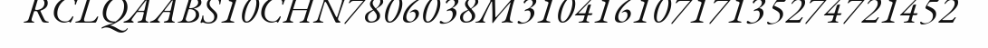
RCLQAABS10CHN7806038M31041610717135274721452